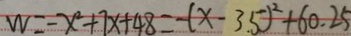
W = - x ^ { 2 } + 7 x + 4 8 = - ( x - 3 . 5 ) ^ { 2 } + 6 0 . 2 5